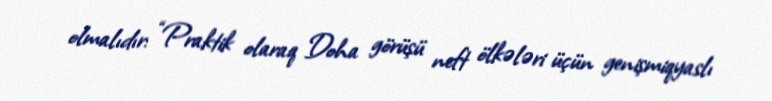
olmalıdır: “Praktik olaraq Doha görüşü neft ölkələri üçün genişmiqyaslı